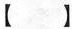
【】